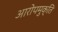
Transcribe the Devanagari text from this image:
आरोपमुक्ति